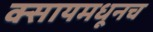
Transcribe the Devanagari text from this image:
क्सायमधूनच